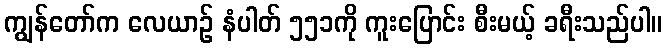
ကျွန်တော်က လေယာဉ် နံပါတ် ၅၅၁ကို ကူးပြောင်း စီးမယ့် ခရီးသည်ပါ။